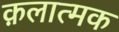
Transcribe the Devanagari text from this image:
क़लात्मक